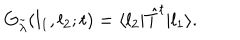
G _ { \tilde { \lambda } } ( l _ { 1 } , l _ { 2 } ; t ) = \langle l _ { 2 } | \hat { T } ^ { t } | l _ { 1 } \rangle .